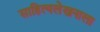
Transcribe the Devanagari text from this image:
साहित्यलेखनाला